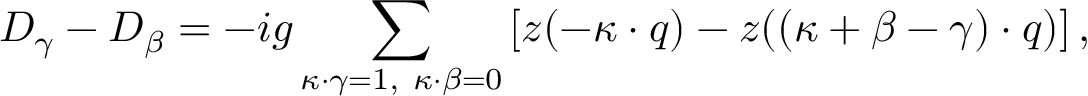
D _ { \gamma } - D _ { \beta } = - i g \sum _ { \kappa \cdot \gamma = 1 , \ \kappa \cdot \beta = 0 } \left[ z ( - \kappa \cdot q ) - z ( ( \kappa + \beta - \gamma ) \cdot q ) \right] ,